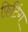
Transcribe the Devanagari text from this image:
फ़िटिंग